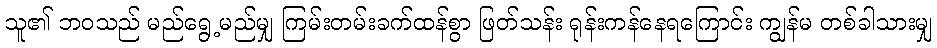
သူ၏ ဘဝသည် မည်ရွေ့မည်မျှ ကြမ်းတမ်းခက်ထန်စွာ ဖြတ်သန်း ရုန်းကန်နေရကြောင်း ကျွန်မ တစ်ခါသားမျှ